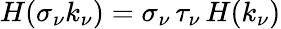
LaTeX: H(\sigma_{\nu}k_{\nu})=\sigma_{\nu}\, \tau_{\nu}\, H(k_{\nu})